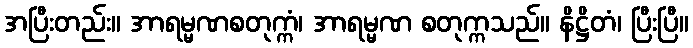
အပြီးတည်း။ အာရမ္မဏစတုက္ကံ၊ အာရမ္မဏ စတုက္ကသည်။ နိဋ္ဌိတံ၊ ပြီးပြီ။